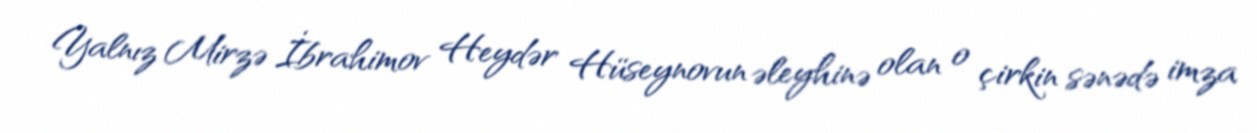
Yalnız Mirzə İbrahimov Heydər Hüseynovun əleyhinə olan o çirkin sənədə imza